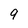
Character: 9